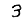
Digit: 3